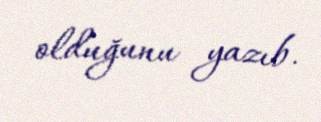
olduğunu yazıb.